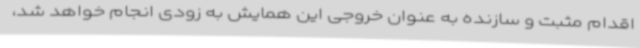
اقدام مثبت و سازنده به عنوان خروجی این همایش به زودی انجام خواهد شد،